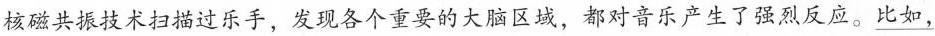
核磁共振技术扫描过乐手，发现各个重要的大脑区域，都对音乐产生了强烈反应。\underline{比如，}